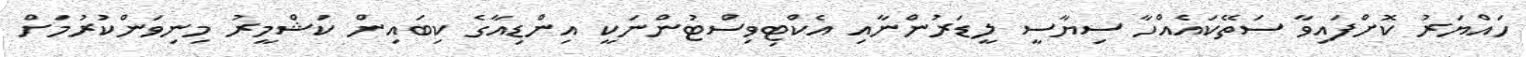
ހައްޔަރު ކޮށްފައިވާ ސަތޭކައެއްހާ ސިޔާސީ ލީޑަރުންނާއި އެކްޓިވިސްޓުންނަކީ އިންޑިއާގެ ކިބައިން ކަޝްމީރު މިނިވަންކުރުމަށް